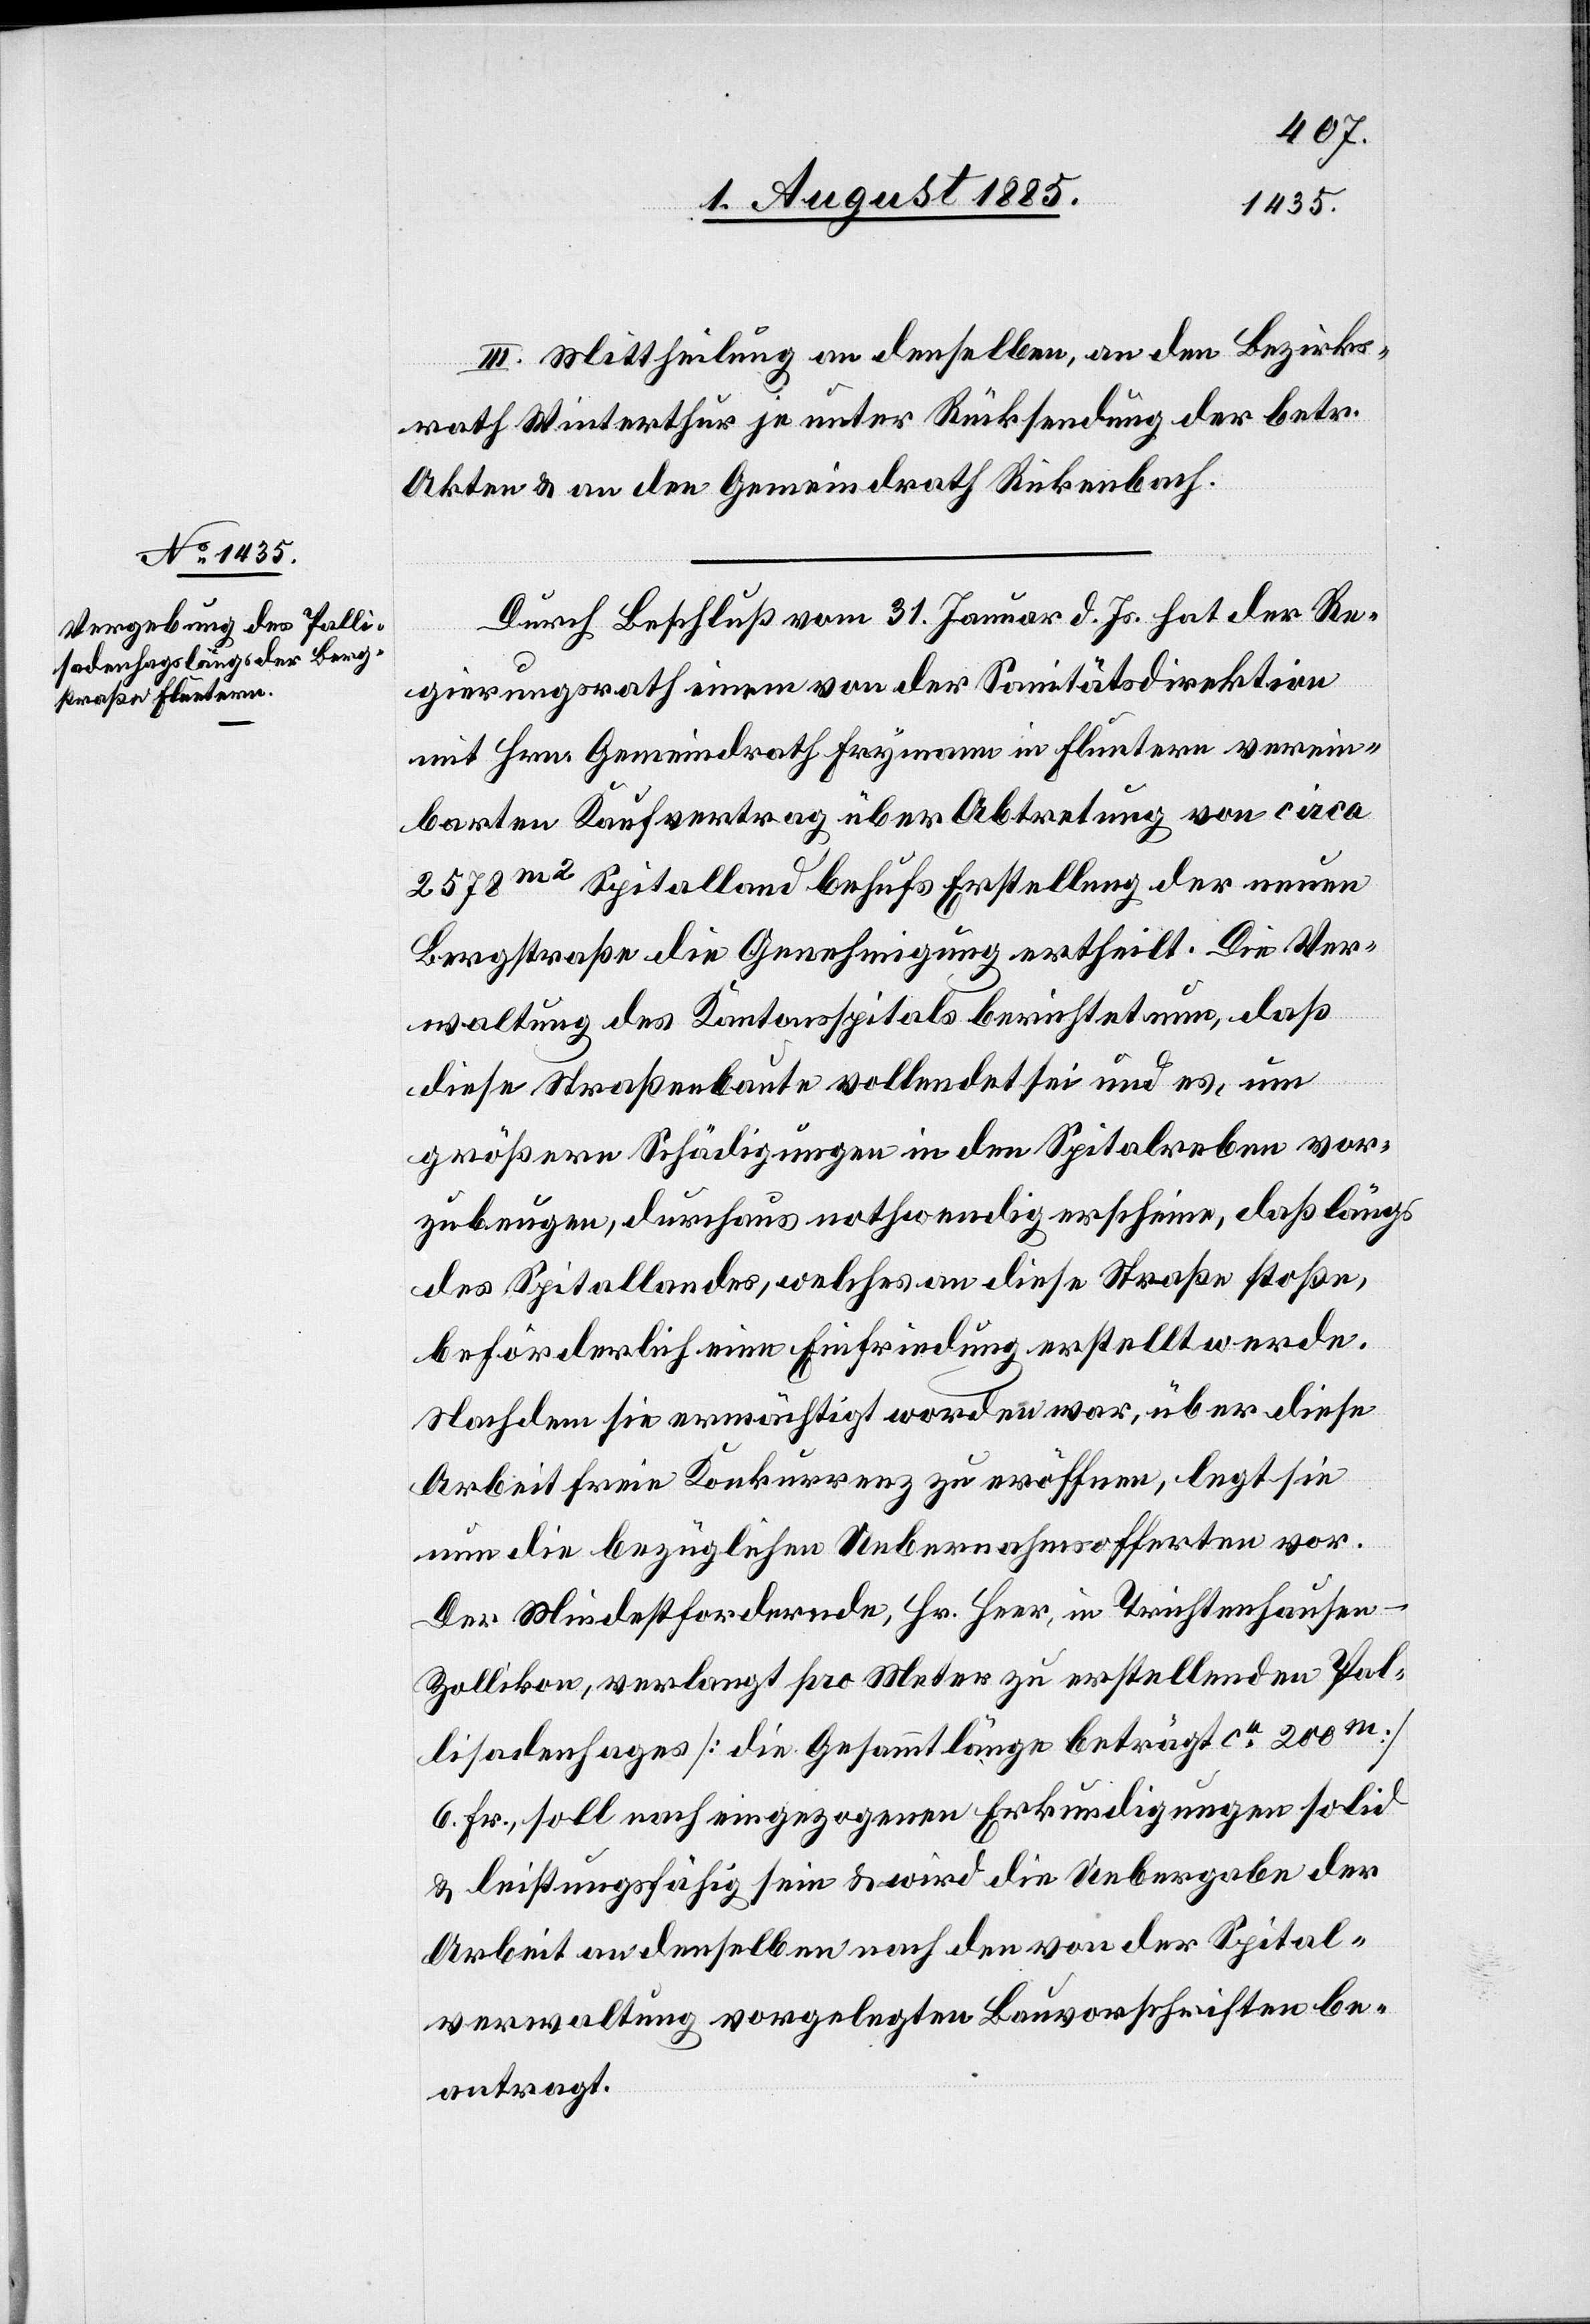
III. Mittheilung an denselben, an den Bezirks¬
rath Winterthur unter Rücksendung der betr.
Akten & an den Gemeindrath Rickenbach.
Durch Beschluß vom 31. Januar d. Js. hat der Re¬
gierungsrath einem von der Sanitätsdirektion
mit Hrn. Gemeindrath Frymann in Fluntern verein¬
barten Kaufvertrag über Abtretung von circa
2578m2 Spitalland behufs Erstellung der neuen
Bergstraße die Genehmigung ertheilt. Die Ver¬
waltung des Kantonsspitals berichtet nun, daß
diese Straßenbaute vollendet sei und es, um
größere Schädigungen in den Spitalreben vor¬
zubeugen, durchaus nothwendig erscheine, daß längs
des Spitallandes, welches an diese Straße stoße,
beförderlich eine Einfriedung erstellt werde.
Nachdem sie ermächtigt worden war, über diese
Arbeit frei Konkurrenz zu eröffnen, legt sie
nun die bezügliche Uebernahmsofferten vor.
Der Mindestfordernde, Hr. Heer, in Trichtenhausen
Zollikon, verlangt pro Meter zu erstellenden Pal¬
lisadenhages [die Gesammtlänge beträgt ca 200m]
6 Fr., soll nach eingezogenen Erkundigungen solid
& leistungsfähig sein & wird die Uebergabe der
Arbeit an denselben nach den von der Spital¬
verwaltung vorgelegten Bauschriften be¬
antragt.